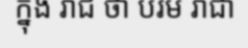
ក្នុង រាជ ថា បរម រាជា